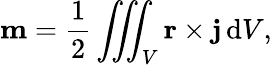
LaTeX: \mathbf{m}={\frac{1}{2}}\iiint_{V}\mathbf{r}\times\mathbf{j}\, \mathrm{{d}}V,